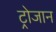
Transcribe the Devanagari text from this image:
ट्रोजान